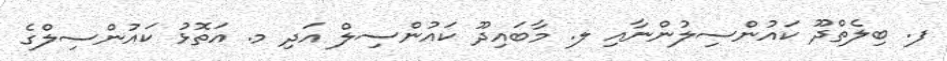
ފ. ބިލެތްދޫ ކައުންސިލުންނާއި ލ. މާބައިދޫ ކައުންސިލް އަދި މ. އަތޮޅު ކައުންސިލްގެ